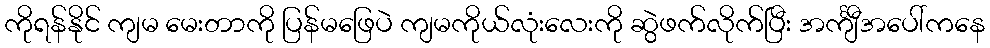
ကိုရန်နိုင် ကျမ မေးတာကို ပြန်မဖြေပဲ ကျမကိုယ်လုံးလေးကို ဆွဲဖက်လိုက်ပြီး အင်္ကျီအပေါ်ကနေ